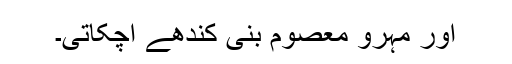
اور مہرو معصوم بنی کندھے اچکاتی۔